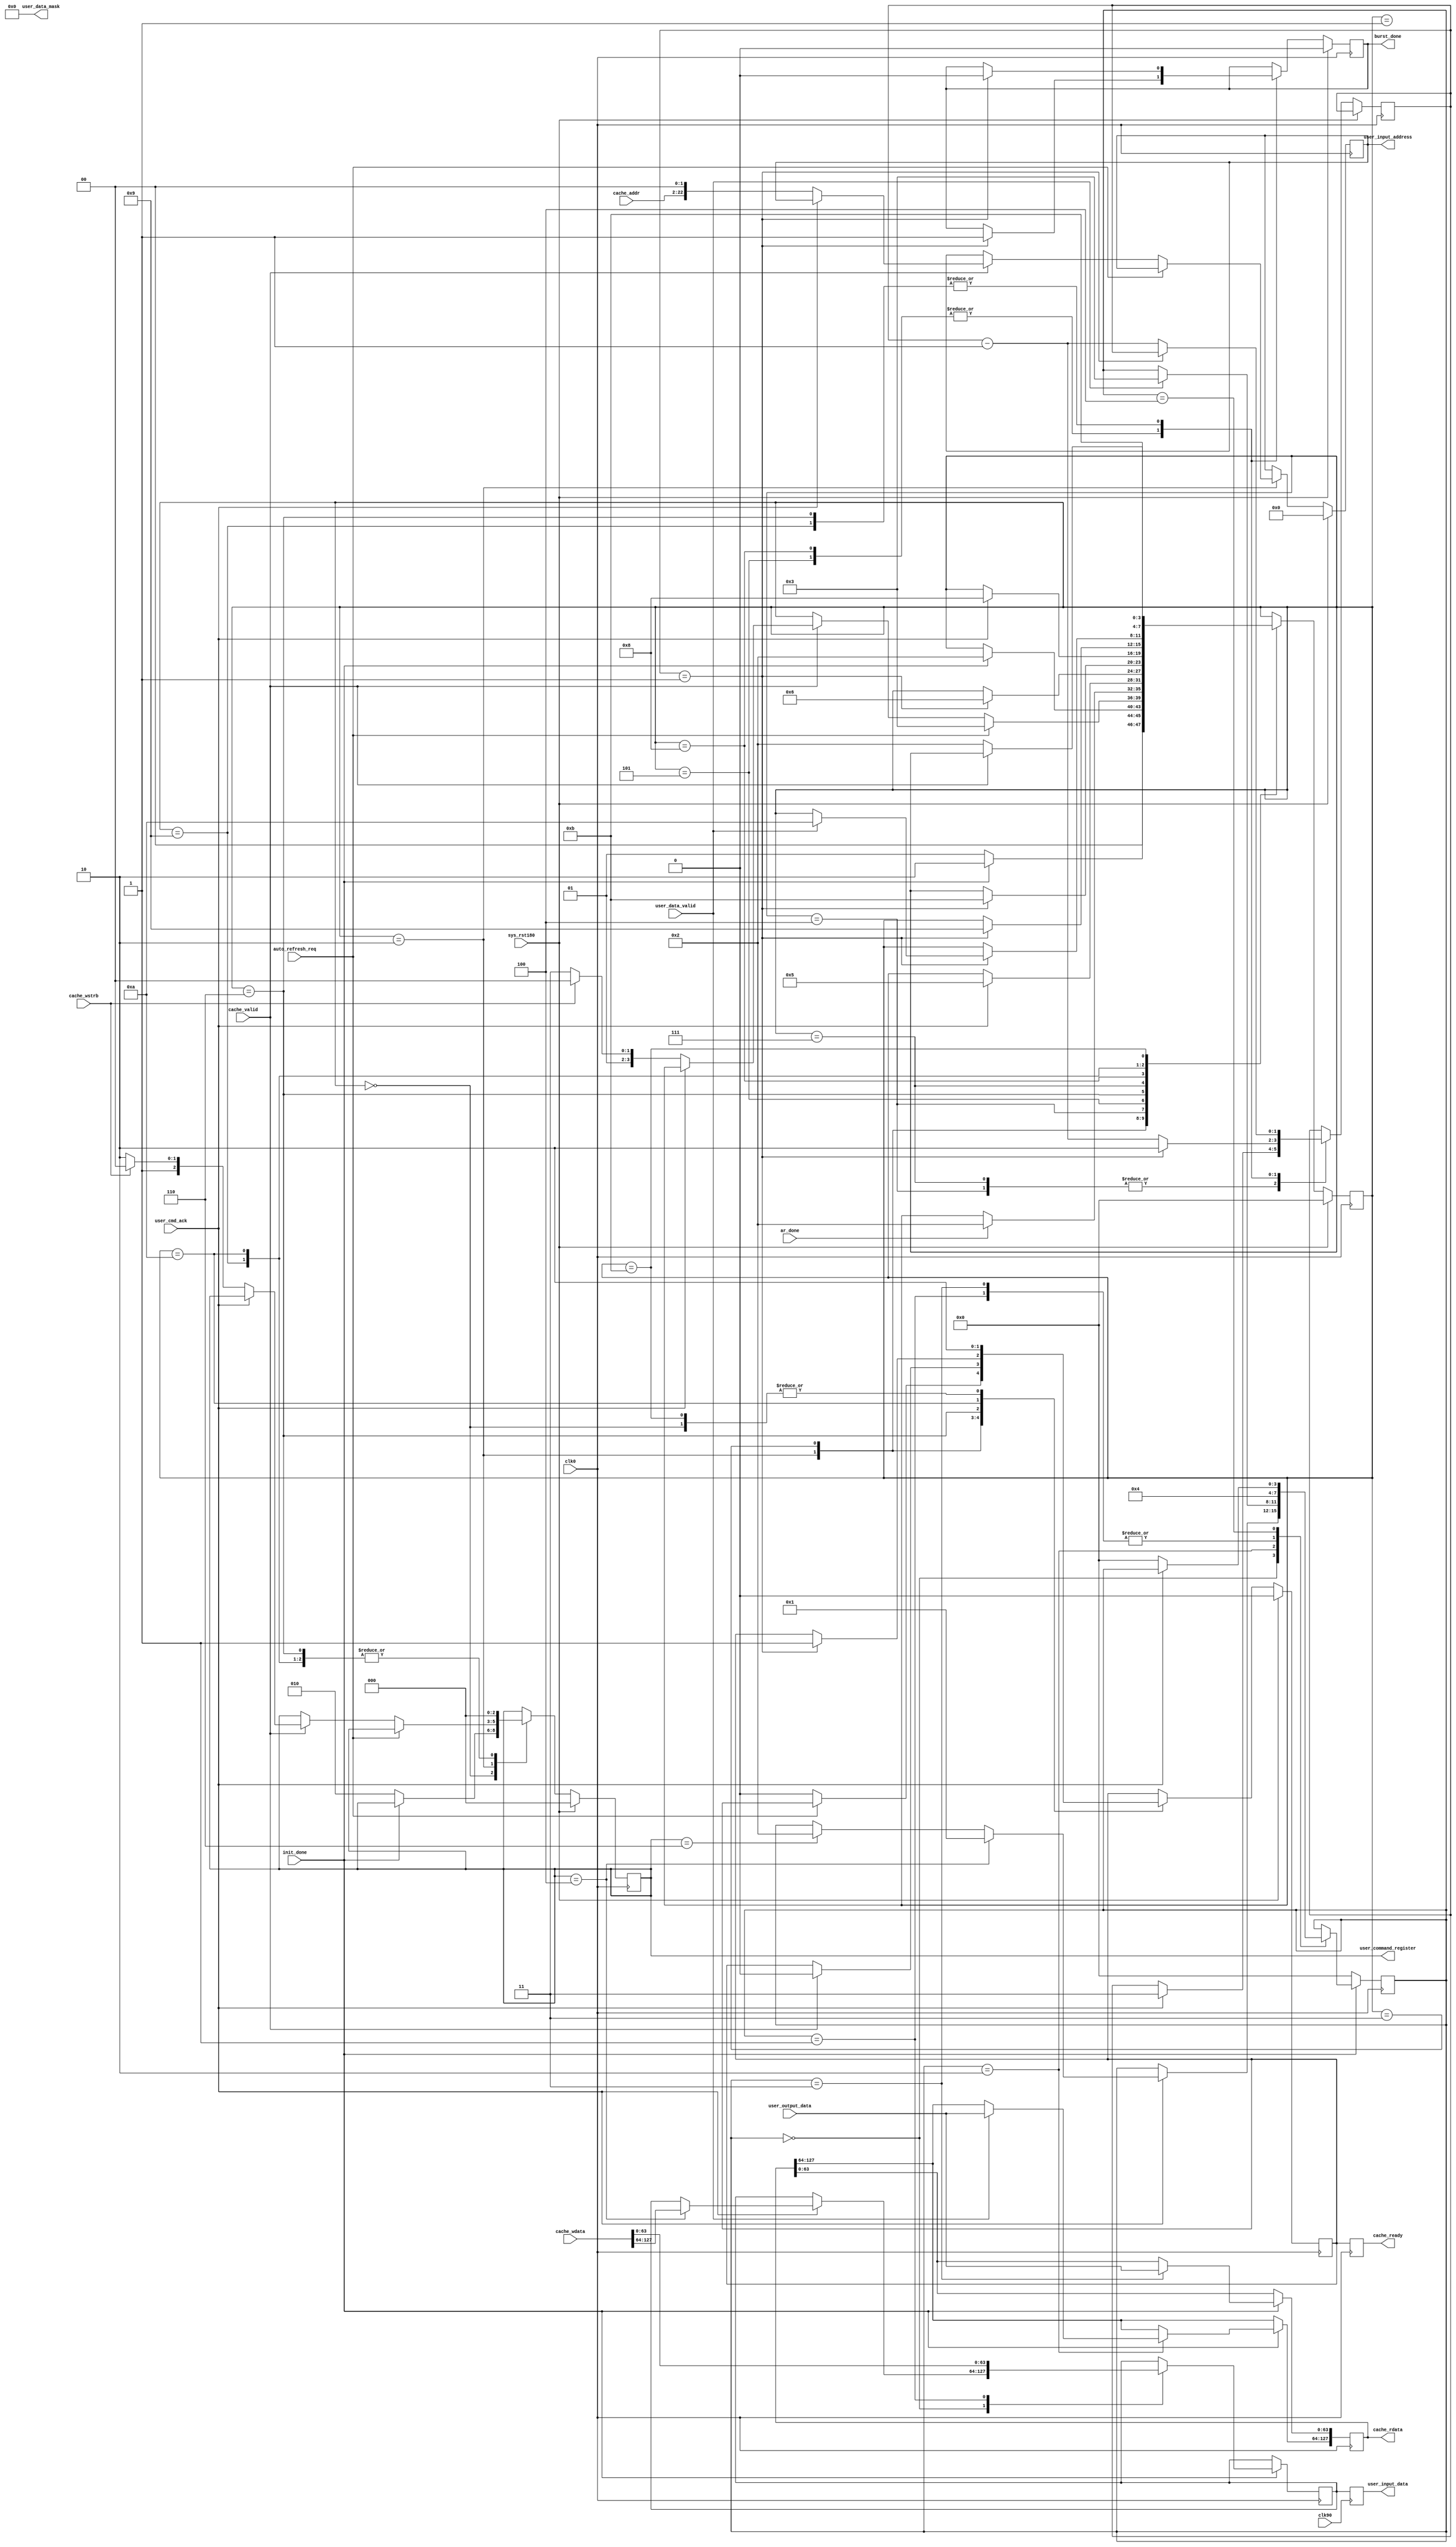
`timescale 1ns / 1ps
`default_nettype none
//////////////////////////////////////////////////////////////////////////////////
// Company: 
// Engineer: 
// 
// Design Name: 
// Module Name:    cache_mig_bridge 
// Project Name: 
// Target Devices: 
// Tool versions: 
// Description: 
//
// Dependencies: 
//
// Revision: 
// Revision 0.01 - File Created
// Additional Comments: 
//
//////////////////////////////////////////////////////////////////////////////////
module cache_mig_bridge(
    input wire clk0,
    input wire clk90,
    input wire sys_rst180,
    input wire [20:0] cache_addr,
    input wire [127:0] cache_wdata,
    output wire [127:0] cache_rdata,
    input wire cache_wstrb,
    input wire cache_valid,
    output reg cache_ready,
    input wire auto_refresh_req,
    output reg [63:0] user_input_data,
    input wire [63:0] user_output_data,
    input wire user_data_valid,
    output reg [22:0] user_input_address,
    output reg [2:0] user_command_register,
    input wire user_cmd_ack,
    output wire [7:0] user_data_mask,
    output reg burst_done,
    input wire init_done,
    input wire ar_done
    );

    reg [3:0] bridge_state;
    reg [1:0] wait_counter;
    reg [63:0] user_input_data_int;
    reg cache_ready_int;
    
    localparam BSTATE_STARTUP = 4'd0;
    localparam BSTATE_WAIT_INIT = 4'd1;
    localparam BSTATE_IDLE = 4'd2;
    localparam BSTATE_WAIT_REFRESH = 4'd3;
    localparam BSTATE_WRITE_CMD = 4'd4;
    localparam BSTATE_WRITE_WAIT = 4'd5;
    localparam BSTATE_WRITE_DONE = 4'd6;
    localparam BSTATE_READ_CMD = 4'd7;
    localparam BSTATE_READ_WAIT_1 = 4'd8;
    localparam BSTATE_READ_WAIT_2 = 4'd9;
    localparam BSTATE_READ_DONE = 4'd10;
    localparam BSTATE_WAIT = 4'd11;
    
    // Burst length is fixed to 4, and each read or write consists of 1 burst.
    // Means each time it will read/ write 4 32bit words, but only 1 is valid 
    //   if there is no cache.
    
    // MIG wants negedge
    always @(negedge clk0) begin
        if (sys_rst180) begin
            bridge_state <= BSTATE_STARTUP;
            user_input_address <= 23'b0;
            burst_done <= 1'b0;
            cache_ready_int <= 1'b0;
            user_command_register <= 3'b000;
        end
        else begin
            case (bridge_state)
                BSTATE_STARTUP: begin
                    if (!init_done) begin
                        user_command_register <= 3'b010;
                        bridge_state <= BSTATE_WAIT_INIT;
                    end
                    else begin
                        bridge_state <= BSTATE_IDLE;
                    end
                    cache_ready_int <= 1'b0;
                end
                BSTATE_WAIT_INIT: begin
                    user_command_register <= 3'b000;
                    if (init_done)
                        bridge_state <= BSTATE_IDLE;
                end
                BSTATE_IDLE: begin
                    if (auto_refresh_req) begin
                        bridge_state <= BSTATE_WAIT_REFRESH;
                    end
                    else if (cache_valid) begin
                        cache_ready_int <= 1'b0;
                        if (!user_cmd_ack) begin
                            if (cache_wstrb != 0) begin
                                user_command_register <= 3'b100;
                                bridge_state <= BSTATE_WRITE_CMD;
                            end
                            else begin
                                user_command_register <= 3'b110;
                                bridge_state <= BSTATE_READ_CMD;
                            end
                            // last 2 bits always 0: aligned access
                            user_input_address <= {cache_addr[20:0], 2'b00}; 
                        end
                    end
                    else begin
                        cache_ready_int <= 1'b0;
                    end
                end
                BSTATE_WAIT_REFRESH: begin
                    if (ar_done)
                        bridge_state <= BSTATE_IDLE;
                    if (cache_valid)
                        cache_ready_int <= 1'b0;
                end
                BSTATE_WRITE_CMD: begin
                    if (user_cmd_ack) begin
                        wait_counter <= 2'd3;
                        bridge_state <= BSTATE_WRITE_WAIT;
                    end
                end
                BSTATE_WRITE_WAIT: begin
                    if (wait_counter == 2'd1) begin
                        burst_done <= 1'b1;
                        wait_counter <= 2'd2;
                        bridge_state <= BSTATE_WRITE_DONE;
                    end
                    else
                        wait_counter <= wait_counter - 2'd1;
                end
                BSTATE_WRITE_DONE: begin
                    user_command_register <= 3'b000;
                    if (wait_counter == 2'd1) begin
                        burst_done <= 1'b0;
                        cache_ready_int <= 1'b1;
                        bridge_state <= BSTATE_WAIT;
                    end
                    else
                        wait_counter <= wait_counter - 2'd1;
                end
                BSTATE_READ_CMD: begin
                    if (user_cmd_ack) begin
                        wait_counter <= 2'd3;
                        bridge_state <= BSTATE_READ_WAIT_1;
                    end
                end
                BSTATE_READ_WAIT_1: begin
                    if (wait_counter == 2'd1) begin
                        burst_done <= 1'b1;
                        wait_counter <= 2'd2;
                        bridge_state <= BSTATE_READ_WAIT_2;
                    end
                    else
                        wait_counter <= wait_counter - 2'd1;
                end
                BSTATE_READ_WAIT_2: begin
                    user_command_register <= 3'b000;
                    if (wait_counter == 2'd1) begin
                        burst_done <= 1'b0;
                        if (user_data_valid) begin
                            bridge_state <= BSTATE_READ_DONE;
                        end
                    end
                    else
                        wait_counter <= wait_counter - 2'd1;
                end
                BSTATE_READ_DONE: begin
                    user_command_register <= 3'b000;
                    cache_ready_int <= 1'b1;
                    bridge_state <= BSTATE_WAIT;
                end
                BSTATE_WAIT: begin
                    cache_ready_int <= 1'b0;
                    if (!cache_valid)
                        bridge_state <= BSTATE_IDLE;

                end
            endcase
        end
    end
    
    always @(posedge clk0) begin
        cache_ready <= cache_ready_int;
    end
    
    reg [3:0] datapath_state;
    localparam DSTATE_IDLE = 4'd0;
    localparam DSTATE_WRITE = 4'd1;
    localparam DSTATE_READ_WAIT = 4'd2;
    localparam DSTATE_READ = 4'd3;
    localparam DSTATE_WAIT = 4'd4;
    reg [127:0] rd_buffer;
    assign cache_rdata = rd_buffer;
    assign user_data_mask = 8'd0;
    
    always @(posedge clk0) begin
        if (!init_done) begin
            datapath_state <= DSTATE_IDLE;
        end
        else begin
            case (datapath_state)
                DSTATE_IDLE: begin
                    if (user_cmd_ack) begin
                        if (user_command_register == 3'b100) begin
                            datapath_state <= DSTATE_WRITE;
                            user_input_data_int <= cache_wdata[127:64];
                        end
                        else if (user_command_register == 3'b110) begin
                            datapath_state <= DSTATE_READ_WAIT;
                        end
                    end
                end
                DSTATE_WRITE: begin
                    datapath_state <= DSTATE_WAIT;
                    // Write second word
                    user_input_data_int <= cache_wdata[63:0];
                end
                DSTATE_READ_WAIT: begin
                    if (user_data_valid) begin
                        datapath_state <= DSTATE_READ;
                        rd_buffer[127:64] <= user_output_data;
                    end
                end
                DSTATE_READ: begin
                    datapath_state <= DSTATE_WAIT;
                    rd_buffer[63:0] <= user_output_data;
                end
                DSTATE_WAIT: begin
                    if (!user_cmd_ack)
                        datapath_state <= DSTATE_IDLE;
                end
            endcase
        end
    end
    
    always @(posedge clk90) begin
        user_input_data <= user_input_data_int;
    end

endmodule